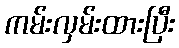
ကမ်းလှမ်းထားပြီး